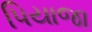
પિયાજા